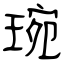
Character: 琬